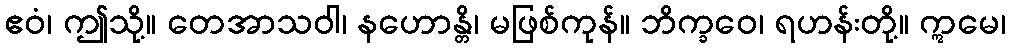
ဧဝံ၊ ဤသို့။ တေအာသဝါ၊ နဟောန္တိ၊ မဖြစ်ကုန်။ ဘိက္ခဝေ၊ ရဟန်းတို့။ ဣမေ၊